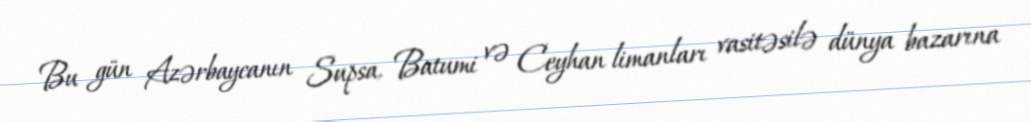
Bu gün Azərbaycanın Supsa, Batumi və Ceyhan limanları vasitəsilə dünya bazarına